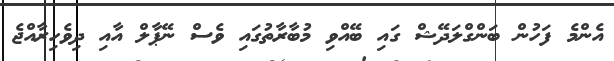
އެންމެ ފަހުން ބަންގްލަދޭޝް ގައި ބޭއްވި މުބާރާތުގައި ވެސް ނޭޕާލް އާއި ދިވެހިރާއްޖެ